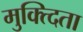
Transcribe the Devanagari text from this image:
मुक्त्दिता